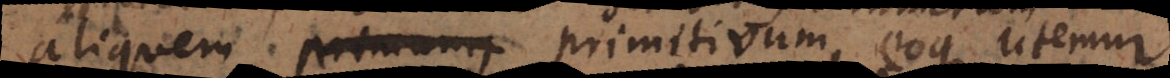
aliquem primum, primitivum, eoque utemur